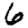
Digit: 6